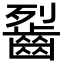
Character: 䶛